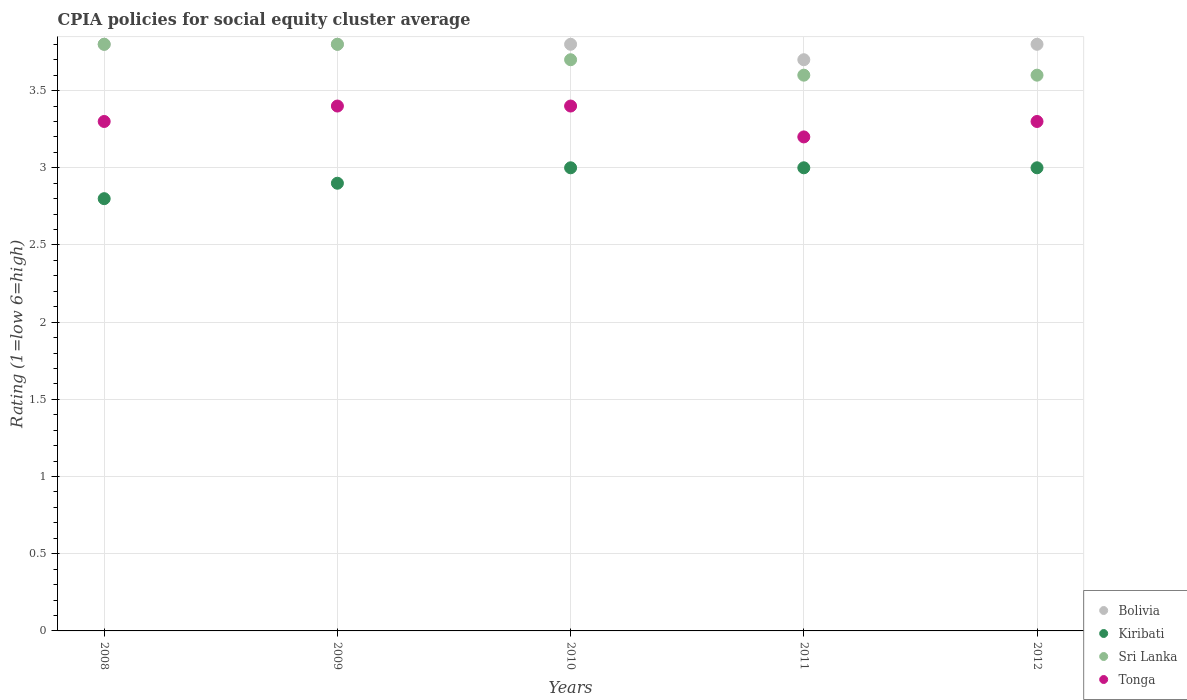
| Years | Bolivia | Kiribati | Sri Lanka | Tonga |
 | --- | --- | --- | --- | --- |
 | 2008 | 3.8 | 2.8 | 3.8 | 3.3 |
 | 2009 | 3.8 | 2.9 | 3.8 | 3.4 |
 | 2010 | 3.8 | 3 | 3.7 | 3.4 |
 | 2011 | 3.7 | 3 | 3.6 | 3.2 |
 | 2012 | 3.8 | 3 | 3.6 | 3.3 |